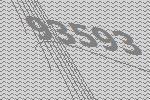
93593